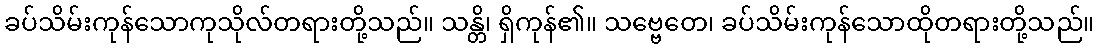
ခပ်သိမ်းကုန်သောကုသိုလ်တရားတို့သည်။ သန္တိ၊ ရှိကုန်၏။ သဗ္ဗေတေ၊ ခပ်သိမ်းကုန်သောထိုတရားတို့သည်။